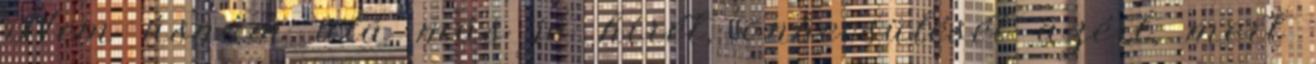
Nem ásnám alá más jó hírét, önbecsülését azért, mert